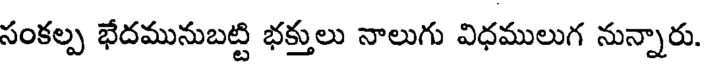
సంకల్ప భేదమునుబట్టి భక్తులు నాలుగు విధములుగ నున్నారు.